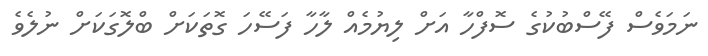
ނަމަވެސް ފޭސްބުކުގެ ސޮފްހާ އަށް ލިޔުމެއް ލާހާ ފަސޭހަ ގޮތަކަށް ބްލޮގަކަށް ނުލެވެ